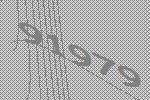
91979